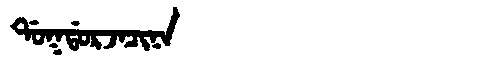
Manchu: ᡩᠣᡴᡩᠣᡵᠵᠠᠴᡳᠨᠠ
Romanization: DOKDORJACINA